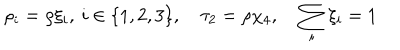
\rho _ { i } = \rho \xi _ { i } , \: i \in \{ 1 , 2 , 3 \} , \quad \tau _ { 2 } = \rho \chi _ { 4 } , \quad \sum _ { i } \xi _ { i } = 1